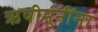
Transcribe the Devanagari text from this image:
ऋषीमुनींना